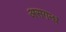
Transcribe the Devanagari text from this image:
असगन्ध